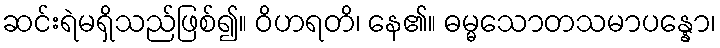
ဆင်းရဲမရှိသည်ဖြစ်၍။ ဝိဟရတိ၊ နေ၏။ ဓမ္မသောတသမာပန္နော၊